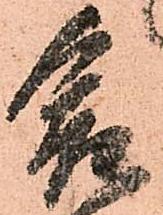
爰